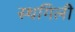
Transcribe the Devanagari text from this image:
स्थगिली